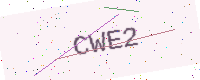
Text: CWE2